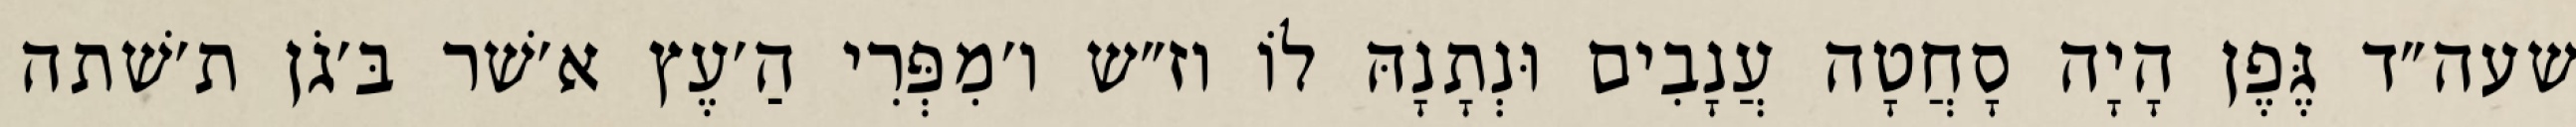
שעה״ד גֶּפֶן הָיָה סָחֲטָה עֲנָבִים וּנְתָנָהּ לוֹ וז״ש ו׳מִפְּרִי הַ׳עֶץ א׳שׁר בּ׳גֹן ת׳שׁתה